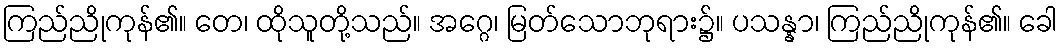
ကြည်ညိုကုန်၏။ တေ၊ ထိုသူတို့သည်။ အဂ္ဂေ၊ မြတ်သောဘုရား၌။ ပသန္နာ၊ ကြည်ညိုကုန်၏။ ခေါ